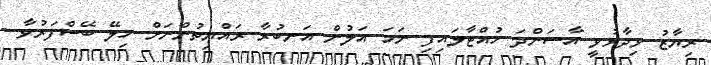
ރިޔާޒު ވިދާޅުވީ އާސަންދަ ހުއްޓާލައިފި ނަމަ އަލުން އަނބުރާ ރައްޔިތުންނަށް ހިލޭ ބޭސްފަރުވާ